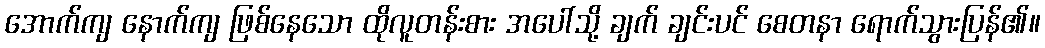
အောက်ကျ နောက်ကျ ဖြစ်နေသော ထိုလူတန်းစား အပေါ်သို့ ချက် ချင်းပင် စေတနာ ရောက်သွားပြန်၏။